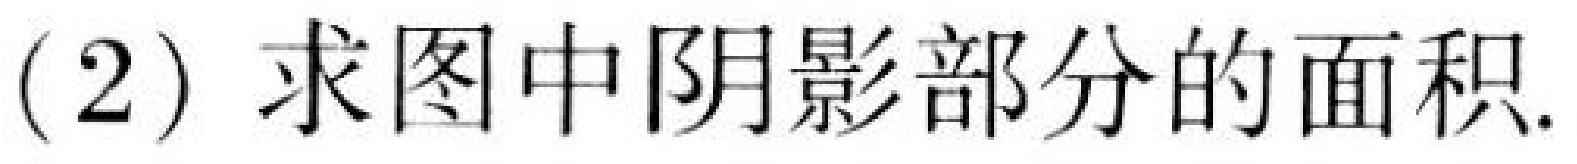
(2) 求图中阴影部分的面积.